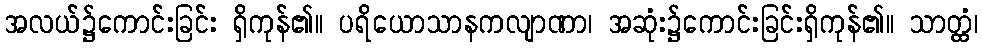
အလယ်၌ကောင်းခြင်း ရှိကုန်၏။ ပရိယောသာနကလျာဏာ၊ အဆုံး၌ကောင်းခြင်းရှိကုန်၏။ သာတ္ထံ၊